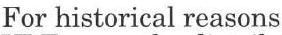
For historical reasons